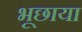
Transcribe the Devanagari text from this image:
भूछाया